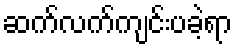
ဆက်လက်ကျင်းပခဲ့ရာ